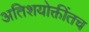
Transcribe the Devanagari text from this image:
अतिशयोक्तींतच